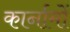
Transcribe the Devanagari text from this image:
कार्नामों